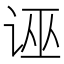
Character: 诬